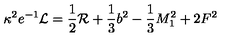
\kappa ^ { 2 } e ^ { - 1 } { \cal { L } } = \frac { 1 } { 2 } { \cal { R } } + \frac { 1 } { 3 } b ^ { 2 } - \frac { 1 } { 3 } M _ { 1 } ^ { 2 } + 2 F ^ { 2 }